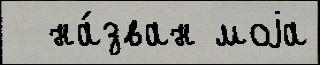
  на́зван моjа